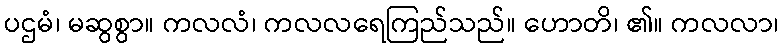
ပဌမံ၊ မဆွစွာ။ ကလလံ၊ ကလလရေကြည်သည်။ ဟောတိ၊ ၏။ ကလလာ၊